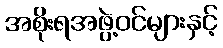
အစိုးရအဖွဲ့ဝင်များနှင့်